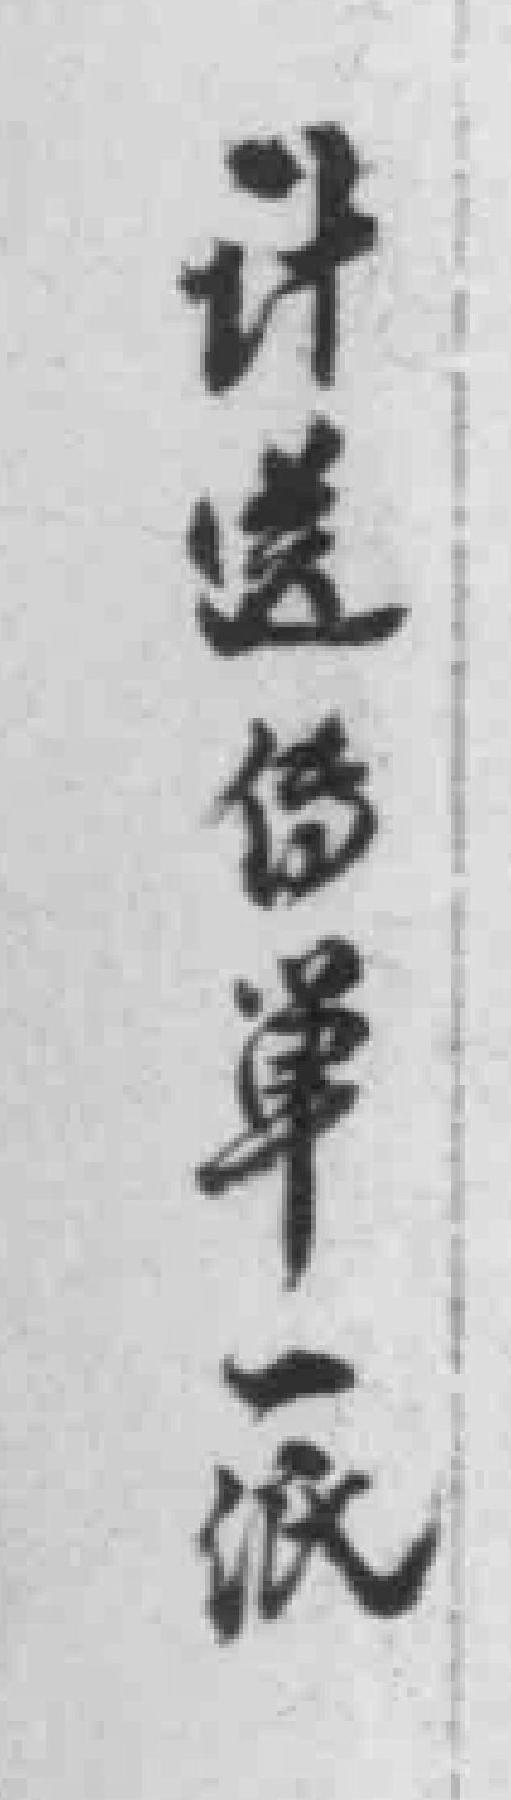
计送传單一纸